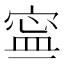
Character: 𡩬